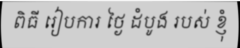
ពិធី រៀបការ ថ្ងៃ ដំបូង របស់ ខ្ញុំ